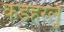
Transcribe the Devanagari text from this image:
कडहरलु